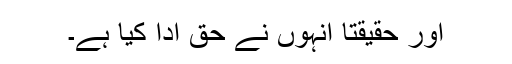
اور حقیقتاً انہوں نے حق ادا کیا ہے۔